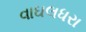
વાઘલધરા